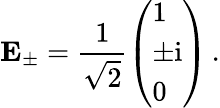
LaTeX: \mathbf{E}_{\pm}=\frac{1}{\sqrt{2}}\left(\begin{array}{l}{1}\\ {\pm\mathrm{i}}\\ {0}\end{array}\right)\, .